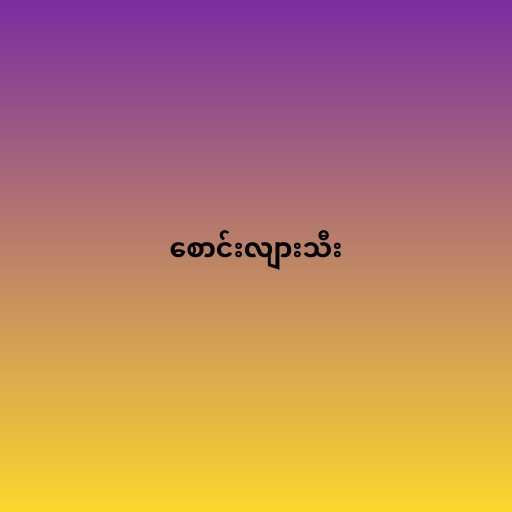
စောင်းလျားသီး